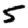
Digit: 5